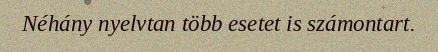
Néhány nyelvtan több esetet is számontart.